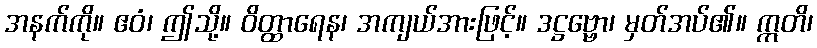
အနက်ကို။ ဧဝံ၊ ဤသို့။ ဝိတ္ထာရေန၊ အကျယ်အားဖြင့်။ ဒဋ္ဌဗ္ဗော၊ မှတ်အပ်၏။ ဣတိ၊